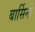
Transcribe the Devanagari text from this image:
बार्सिनो